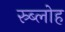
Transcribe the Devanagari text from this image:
स्र्ब्लोह